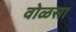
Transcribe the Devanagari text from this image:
वोळसा